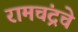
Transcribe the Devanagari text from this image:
रामचंद्रचे